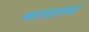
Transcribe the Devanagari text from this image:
मरतडवर्मा